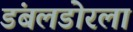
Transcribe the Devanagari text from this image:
डंबलडोरला